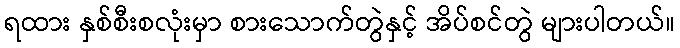
ရထား နှစ်စီးစလုံးမှာ စားသောက်တွဲနှင့် အိပ်စင်တွဲ များပါတယ်။